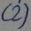
Text: (2)